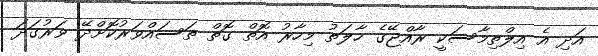
އަދި އެ އިލްތިމާސަކީ ރާއްޖޭގެ ހާލަތު މިހާރު އޮތް ގޮތް ތަސައްވަރުކޮށްދޭ ވަރުގަދަ